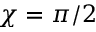
\chi = \pi / 2